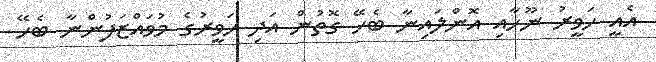
އެއީ ހަވީރު ނޫހާއި އޮންލައިނާ ބެހޭ ގޮތުން އަދި ހަވީރުގެ މުވައްޒަފުންނާ ބެހޭ